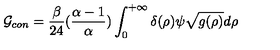
{ \cal G } _ { c o n } = { \frac { \beta } { 2 4 } } ( { \frac { \alpha - 1 } { \alpha } } ) \int _ { 0 } ^ { + \infty } \delta ( \rho ) \psi \sqrt { g ( \rho ) } d \rho